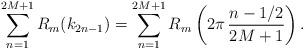
LaTeX: \begin{align*}\sum_{n=1}^{2M+1} R_m(k_{2n-1})=\sum_{n=1}^{2M+1} R_m\left(2\pi\,\frac{ n-1/2}{2M+1}\right).\end{align*}